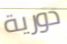
دورية